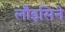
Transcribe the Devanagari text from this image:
लौइसिने